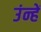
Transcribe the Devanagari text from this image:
उंन्हें